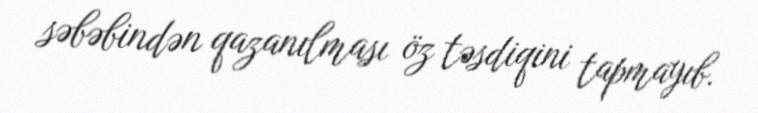
səbəbindən qazanılması öz təsdiqini tapmayıb.